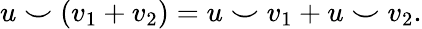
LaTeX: u\smile(v_{1}+v_{2})=u\smile v_{1}+u\smile v_{2}.